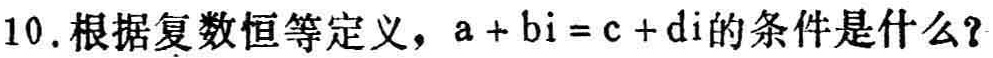
10.根据复数恒等定义，\(a + bi = c + di\)的条件是什么？